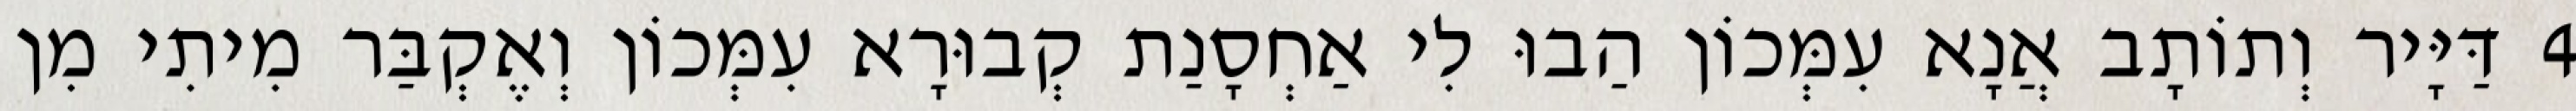
4 דַּיָּיר וְתוֹתָב אֲנָא עִמְּכוֹן הַבוּ לִי אַחְסָנַת קְבוּרָא עִמְּכוֹן וְאֶקְבַּר מִיתִי מִן